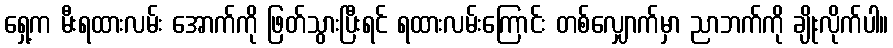
ရှေ့က မီးရထားလမ်း အောက်ကို ဖြတ်သွားပြီးရင် ရထားလမ်းကြောင်း တစ်လျှောက်မှာ ညာဘက်ကို ချိုးလိုက်ပါ။